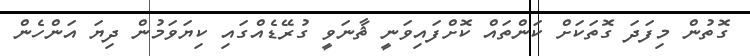
ގޮތުން މިފަދަ ގޮތަކަށް ކަންތައް ކޮށްފައިވަނީ ޘާނަވީ ގުރޭޑެއްގައި ކިޔަވަމުން ދިޔަ އަންހެން